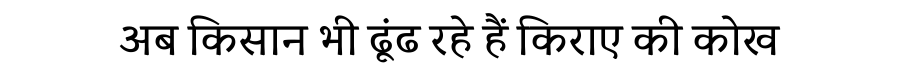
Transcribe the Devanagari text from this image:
अब किसान भी ढूंढ रहे हैं किराए की कोख